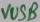
Text: VUSB